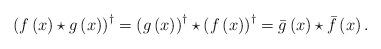
LaTeX: \begin{align*}\left( f\left( x\right) \star g\left( x\right) \right) ^{\dagger }=\left(g\left( x\right) \right) ^{\dagger }\star \left( f\left( x\right) \right)^{\dagger }=\bar{g}\left( x\right) \star \bar{f}\left( x\right) .\end{align*}